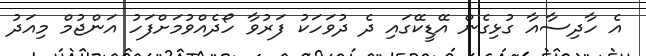
އެ ހާދިސާއާ ގުޅިގެން އޭޑީކޭގައި ދެ ދުވަހަކު ފަރުވާ ހޯދެއްވުމަށްފަހު އަންޖުމް މިއަދު